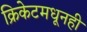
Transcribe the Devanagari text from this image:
क्रिकेटमधूनही